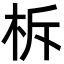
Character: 柝